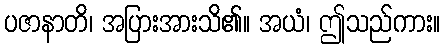
ပဇာနာတိ၊ အပြားအားသိ၏။ အယံ၊ ဤသည်ကား။